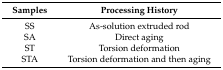
<table><thead><tr><td><b>Samples</b></td><td><b>Processing History</b></td></tr></thead><tbody><tr><td>SS</td><td>As-solution extruded rod</td></tr><tr><td>SA</td><td>Direct aging</td></tr><tr><td>ST</td><td>Torsion deformation</td></tr><tr><td>STA</td><td>Torsion deformation and then aging</td></tr></tbody></table>